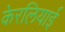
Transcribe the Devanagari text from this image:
केरलियाई